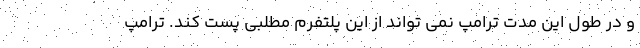
و در طول این مدت ترامپ نمی تواند از این پلتفرم مطلبی پست کند. ترامپ